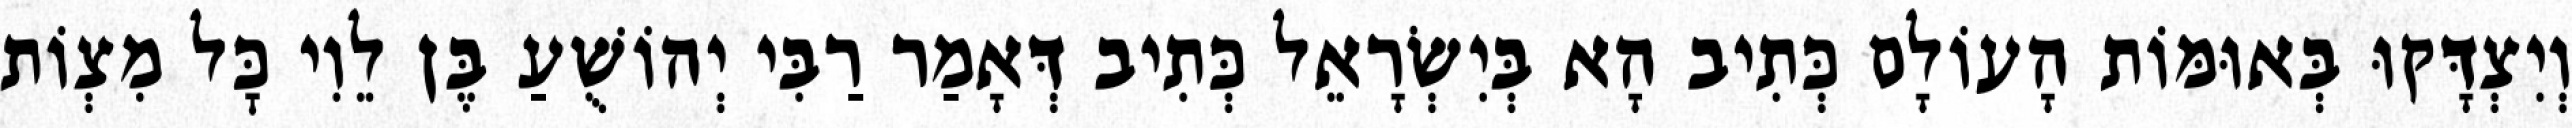
וְיִצְדָּקוּ בְּאוּמּוֹת הָעוֹלָם כְּתִיב הָא בְּיִשְׂרָאֵל כְּתִיב דְּאָמַר רַבִּי יְהוֹשֻׁעַ בֶּן לֵוִי כׇּל מִצְוֹת